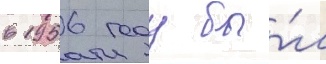
в 1956 году бы́л